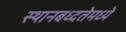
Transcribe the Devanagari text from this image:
स्थानबध्दतेमध्ये